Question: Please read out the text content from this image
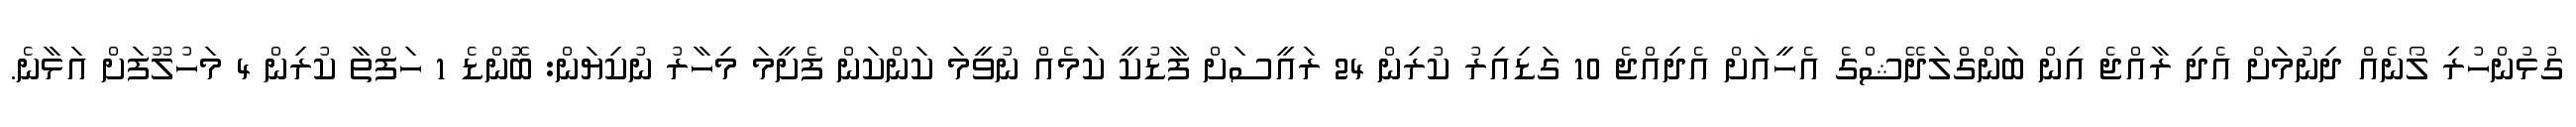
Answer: ގުޅުންހުރި ލޯނެއް ދިނުމަށް އެދި ރާއްޖެ އިން ބަންގްލަދޭޝްގެ އެހީއަށް އެދިއްޖެ 10 ގަޑިއިރު ކުރިން 24 ރައީސަށް ފާޑުކީ ކަމެއް ނުވީމަ ކަންކަން ފެށީމަ މިހާރު ނުކިޔަން: ބޮންޑެ 1 ހަފްތާ ކުރިން 4 މަހުލޫފަށް އަޅާނެ.